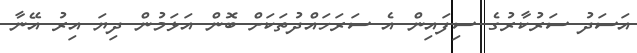
އަސަދު ސަރުކާރުގެ ސިފައިން އެ ސަރަހައްދުތަކަށް ބޮން އަޅަމުން ދިޔަ އިރު އޭނާ